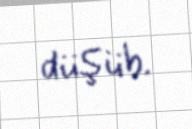
düşüb.